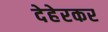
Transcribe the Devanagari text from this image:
देहेरकर